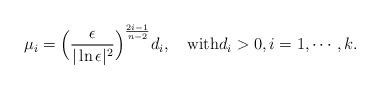
LaTeX: \begin{align*}\mu_i=\Big(\frac{\epsilon}{|\ln\epsilon|^2}\Big)^{\frac{2i-1}{n-2}}d_i,\quad\mbox{with}d_i>0,i=1,\cdots,k.\end{align*}